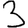
Digit: 3